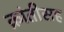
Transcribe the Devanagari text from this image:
क्रांतीसह